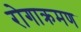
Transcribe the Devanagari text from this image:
रोगाक्रमण